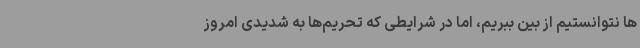
ها نتوانستیم از بین ببریم، اما در شرایطی که تحریم‌ها به شدیدی امروز